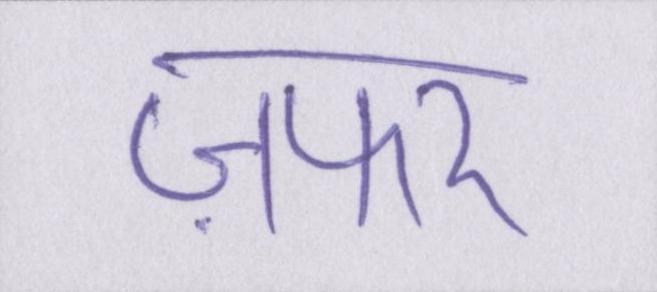
ज़फर